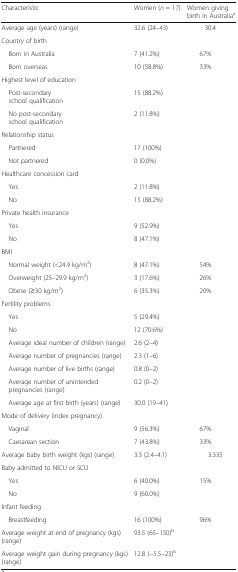
<table><thead><tr><td><b>Characteristic</b></td><td><b>Women (<i>n</i> = 17)</b></td><td><b>Women giving birth in Australia<sup>a</sup></b></td></tr></thead><tbody><tr><td>Average age (years) (range)</td><td>32.6 (24–43)</td><td>30.4</td></tr><tr><td colspan="3">Country of birth</td></tr><tr><td> Born in Australia</td><td>7 (41.2%)</td><td>67%</td></tr><tr><td> Born overseas</td><td>10 (58.8%)</td><td>33%</td></tr><tr><td colspan="3">Highest level of education</td></tr><tr><td> Post-secondary school qualification</td><td>15 (88.2%)</td><td></td></tr><tr><td> No post-secondary school qualification</td><td>2 (11.8%)</td><td></td></tr><tr><td colspan="3">Relationship status</td></tr><tr><td> Partnered</td><td>17 (100%)</td><td></td></tr><tr><td> Not partnered</td><td>0 (0.0%)</td><td></td></tr><tr><td colspan="3">Healthcare concession card</td></tr><tr><td> Yes</td><td>2 (11.8%)</td><td></td></tr><tr><td> No</td><td>15 (88.2%)</td><td></td></tr><tr><td colspan="3">Private health insurance</td></tr><tr><td> Yes</td><td>9 (52.9%)</td><td></td></tr><tr><td> No</td><td>8 (47.1%)</td><td></td></tr><tr><td colspan="3">BMI</td></tr><tr><td> Normal weight (&lt;24.9 kg/m<sup>2</sup>)</td><td>8 (47.1%)</td><td>54%</td></tr><tr><td> Overweight (25–29.9 kg/m<sup>2</sup>)</td><td>3 (17.6%)</td><td>26%</td></tr><tr><td> Obese (≥30 kg/m<sup>2</sup>)</td><td>6 (35.3%)</td><td>20%</td></tr><tr><td colspan="3">Fertility problems</td></tr><tr><td> Yes</td><td>5 (29.4%)</td><td></td></tr><tr><td> No</td><td>12 (70.6%)</td><td></td></tr><tr><td> Average ideal number of children (range)</td><td>2.6 (2–4)</td><td></td></tr><tr><td> Average number of pregnancies (range)</td><td>2.3 (1–6)</td><td></td></tr><tr><td> Average number of live births (range)</td><td>0.8 (0–2)</td><td></td></tr><tr><td> Average number of unintended pregnancies (range)</td><td>0.2 (0–2)</td><td></td></tr><tr><td> Average age at first birth (years) (range)</td><td>30.0 (19–41)</td><td></td></tr><tr><td colspan="3">Mode of delivery (index pregnancy)</td></tr><tr><td> Vaginal</td><td>9 (56.3%)</td><td>67%</td></tr><tr><td> Caesarean section</td><td>7 (43.8%)</td><td>33%</td></tr><tr><td>Average baby birth weight (kgs) (range)</td><td>3.3 (2.4–4.1)</td><td>3.335</td></tr><tr><td colspan="3">Baby admitted to NICU or SCU</td></tr><tr><td> Yes</td><td>6 (40.0%)</td><td>15%</td></tr><tr><td> No</td><td>9 (60.0%)</td><td></td></tr><tr><td colspan="3">Infant feeding</td></tr><tr><td> Breastfeeding</td><td>16 (100%)</td><td>96%</td></tr><tr><td>Average weight at end of pregnancy (kgs) (range)</td><td>93.5 (65–150)<sup>b</sup></td><td></td></tr><tr><td>Average weight gain during pregnancy (kgs) (range)</td><td>12.8 (−5.5–23)<sup>b</sup></td><td></td></tr></tbody></table>